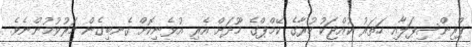
ޕްރިންސިޕަލާއި ހަތަރު ކުއްޖަކު ހުރާގެ ކޭމްޕްގެ މޫދަށް އެރި އުޅެނިކޮށް ގެނބިގެން މަރުވުމުންނެވެ.